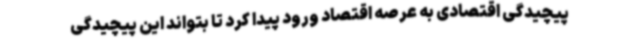
پیچیدگی اقتصادی به عرصه اقتصاد ورود پیدا کرد تا بتواند این پیچیدگی